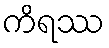
ကိရဿ